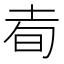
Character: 𰉭